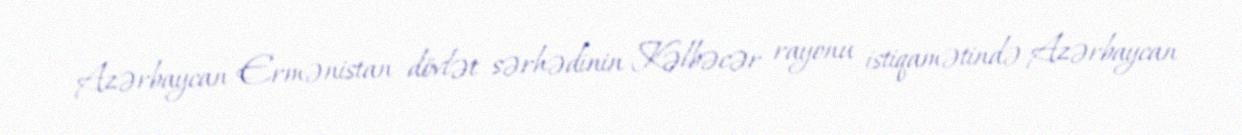
Azərbaycan-Ermənistan dövlət sərhədinin Kəlbəcər rayonu istiqamətində Azərbaycan